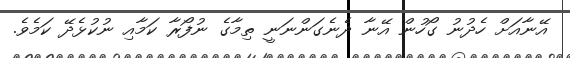
އޭނާއަށް ހެދުނު ގޯހުން އޭނާ ދެނެގަންނަނީ ތިމާގެ ނުފޯރާ ކަމާއި ނުކުޅެދޭ ކަމެވެ.